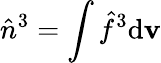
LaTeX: \hat{n}^{3}=\int\hat{f}^{3}\mathrm{d}{\mathbf v}